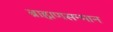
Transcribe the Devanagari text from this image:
ब्राह्मणसन्मान